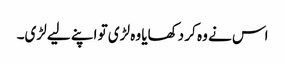
اس نے وہ کر دکھایا وہ لڑی تو اپنے لیے لڑی۔